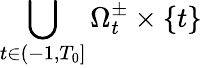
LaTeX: \bigcup_{t\in(-1,T_{0}]}\Omega_{t}^{\pm}\times\{ t\}